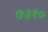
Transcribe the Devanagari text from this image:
७३१०